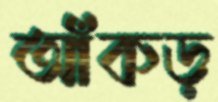
আঁকড়